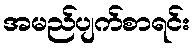
အမည်ပျက်စာရင်း